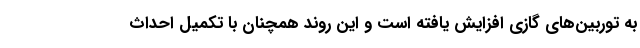
به توربین‌های گازی افزایش یافته است و این روند همچنان با تکمیل احداث